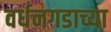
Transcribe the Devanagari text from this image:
वर्धनगडाच्या